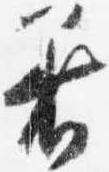
着